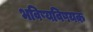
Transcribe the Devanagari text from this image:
भविष्यविषयक